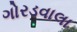
ગોરડવાલા